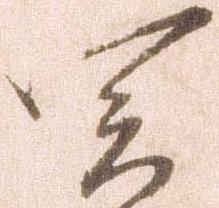
関